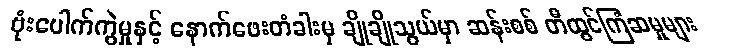
ဗုံးပေါက်ကွဲမှုနှင့် နောက်ဖေးတံခါးမှ ချိုချိုသွယ်မှာ ဆန်းစစ် တီထွင်ကြံဆမှုများ